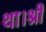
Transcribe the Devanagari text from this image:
था।श्री